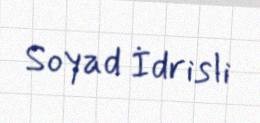
Soyad İdrisli